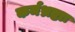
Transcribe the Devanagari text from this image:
कर्मभ्रष्टाः